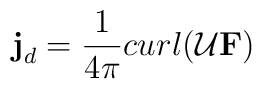
{\bf j}_d =          \frac{1}{4\pi}curl (\cal U{\bf F})